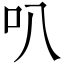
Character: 叭